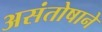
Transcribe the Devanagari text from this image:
असंतोषाने